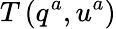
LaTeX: T\left(q^{a},u^{a}\right)